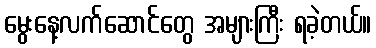
မွေးနေ့လက်ဆောင်တွေ အများကြီး ရခဲ့တယ်။